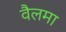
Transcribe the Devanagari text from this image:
वैलमा